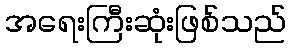
အရေးကြီးဆုံးဖြစ်သည်